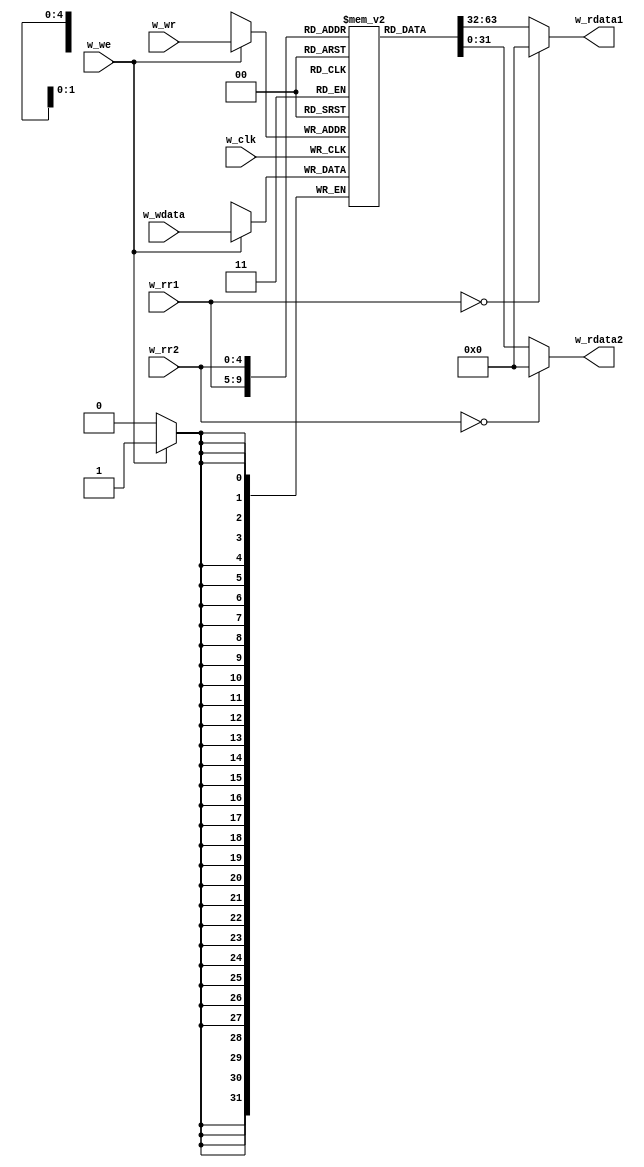
/**************************************************************************/
/* code112.v                          For CSC.T341 CLD Archlab TOKYO TECH */
/**************************************************************************/
`timescale 1ns/100ps
`default_nettype none
  
module m_regfile (w_clk, w_rr1, w_rr2, w_wr, w_we, w_wdata, w_rdata1, w_rdata2);
    input  wire        w_clk;
    input  wire [4:0]  w_rr1, w_rr2, w_wr;
    input  wire [31:0] w_wdata;
    input  wire        w_we;
    output wire [31:0] w_rdata1, w_rdata2;
    
    reg [31:0] r[0:31];
    assign w_rdata1 = (w_rr1==0) ? 0 : r[w_rr1];
    assign w_rdata2 = (w_rr2==0) ? 0 : r[w_rr2];
    always @(posedge w_clk) if(w_we) r[w_wr] <= w_wdata;
    
    initial r[1] = 1;
    initial r[2] = 2;
endmodule